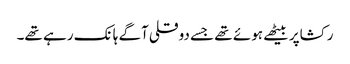
رکشاپر بیٹھے ہوئے تھے جسے دوقلی آگے ہانک رہے تھے۔